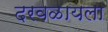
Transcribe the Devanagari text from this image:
दरवळायला